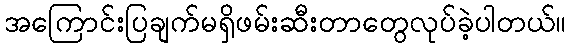
အကြောင်းပြချက်မရှိဖမ်းဆီးတာတွေလုပ်ခဲ့ပါတယ်။